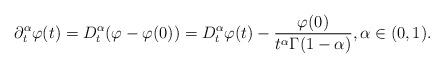
LaTeX: \begin{align*} \partial^{\alpha}_t\varphi (t)=D^{\alpha}_t(\varphi-\varphi(0))= D^{\alpha}_t\varphi (t)-\frac{\varphi(0)}{t^{\alpha}\Gamma(1-\alpha)}, \alpha\in (0,1).\end{align*}